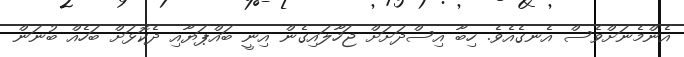
އެންމެނަށްވެސް އެނގެއެވެ. ހިބާ އިސްދަށަށް ޖަހާލައިގެން އިނީ ބައްޕަޔާއި ދެކޮޅަށް ބަހެއް ބުނަން